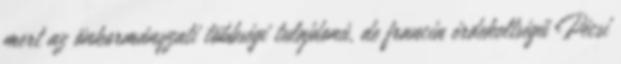
mert az önkormányzati többségi tulajdonú, de francia érdekeltségű Pécsi